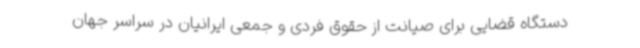
دستگاه قضایی برای صیانت از حقوق فردی و جمعی ایرانیان در سراسر جهان